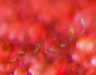
المشاهير